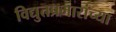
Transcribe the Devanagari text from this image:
विद्युतप्रभारांच्या